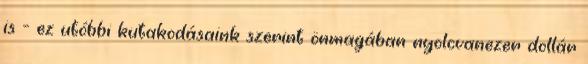
is - ez utóbbi kutakodásaink szerint önmagában nyolcvanezer dollár